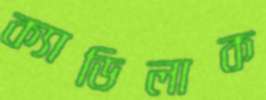
ক্যাডিলাক